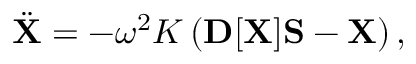
{ \displaystyle { \ddot { \bf X } } = - \omega ^ { 2 } { \cal K } \left( { \bf D } [ { \bf X } ] { \bf S } - { \bf X } \right) , }